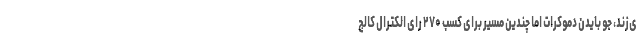
ی‌زند، جو بایدن دموکرات اما چندین مسیر برای کسب ۲۷۰ رای الکترال کالج